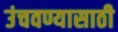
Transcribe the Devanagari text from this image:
उंचवण्यासाठी